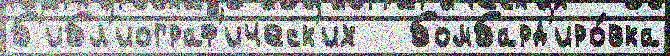
б'ибл'иограф'ическ'их   бомбард'иро́вка